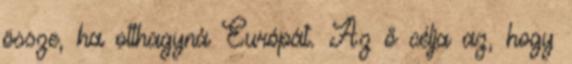
össze, ha otthagyná Európát. Az ő célja az, hogy